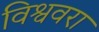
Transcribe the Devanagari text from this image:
विश्ववरा